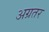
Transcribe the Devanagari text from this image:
अग्रतर